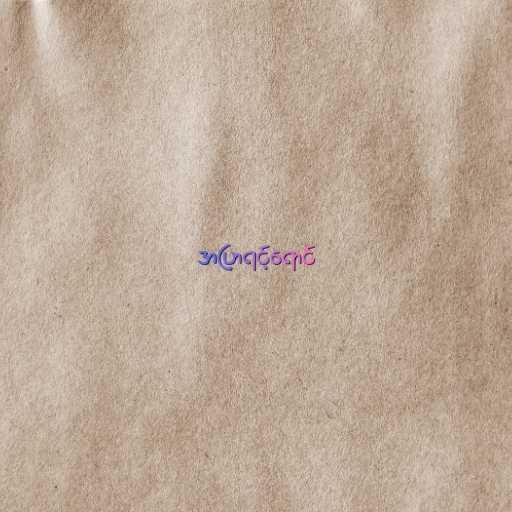
အပြာရင့်ရောင်